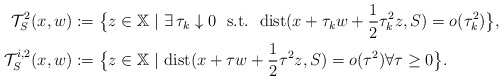
\begin{align*} \mathcal{T}^{2}_{S}(x,w) &:=\big\{z\in\mathbb{X}\ |\ \exists\, \tau_k\downarrow 0\ \ {\rm s.t.}\ \ {\rm dist}(x+\tau_kw+\frac{1}{2}\tau_k^2 z,S)=o(\tau_k^2)\big\},\\ \mathcal{T}^{i,2}_{S}(x,w) &:=\big\{z\in\mathbb{X}\ |\ {\rm dist}(x+\tau w+\frac{1}{2}\tau^2 z,S)=o(\tau^2) \forall\tau\ge 0\big\}. \end{align*}